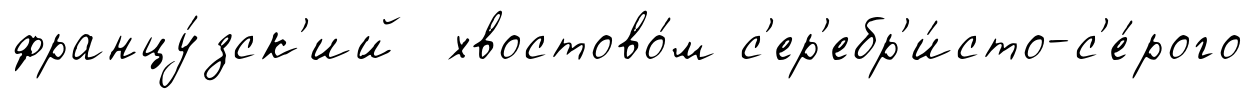
францу́зск'ий хвостово́м с'ер'ебр'и́сто-с'е́рого